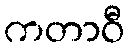
ကတာဝီ